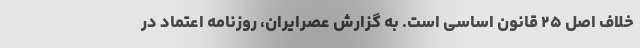
خلاف اصل ۲۵ قانون اساسی است. به گزارش عصرایران، روزنامه اعتماد در